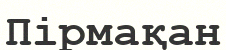
Пірмақан